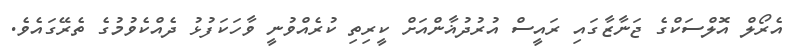
އެރޯލް އޮލްސަކްގެ ޖަނާޒާގައި ރައީސް އުރުދުޣާންއަށް ކީރިތި ކުރެއްވުނީ ވާހަކަފުޅު ދެއްކެވުމުގެ ތެރޭގައެވެ.